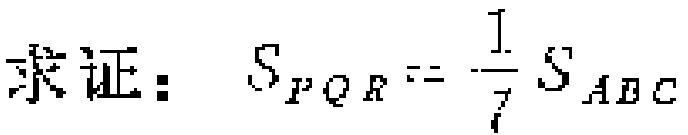
求证：$S_{PQR}=\frac{1}{7}S_{ABC}$